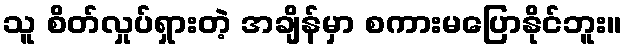
သူ စိတ်လှုပ်ရှားတဲ့ အချိန်မှာ စကားမပြောနိုင်ဘူး။